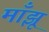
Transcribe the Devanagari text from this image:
माँझू